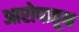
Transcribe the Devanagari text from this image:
आरोपातून